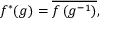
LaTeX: f ^ { * } ( g ) = { \overline { { f \left( g ^ { - 1 } \right) } } } ,